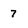
Character: 7